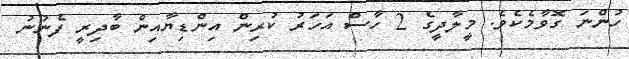
ހުންނަ ގޮވާމެކެވެ. މީލާދީގެ 2 ހާސް އަހަރު ކުރިން އިންޑިޔާއިން ބާދިރީ ފެނުނު